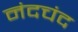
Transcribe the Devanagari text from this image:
नंदचंद